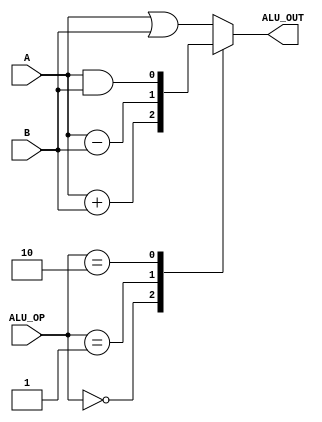
module ALU (A,B, ALU_OP,ALU_OUT);
input A,B;
input [1:0] ALU_OP;
output reg ALU_OUT;
always @(*) begin 
case ({ ALU_OP[1], ALU_OP[0]})
	2'b00:ALU_OUT=A+B;
	2'b01:ALU_OUT=A-B;
	2'b10:ALU_OUT=A&B;
	default:ALU_OUT=A|B;
endcase
end

endmodule